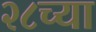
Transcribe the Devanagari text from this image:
२८च्या